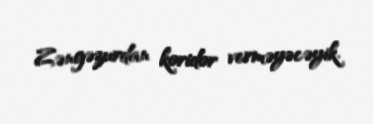
Zəngəzurdan koridor verməyəcəyik.